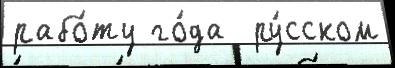
рабо́ту го́да  ру́сском